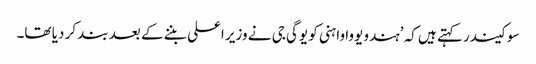
سوکیندر کہتے ہیں کہ ’ہندو یووا واہنی کو یوگی جی نے وزیر اعلی بننے کے بعد بند کر دیا تھا۔